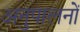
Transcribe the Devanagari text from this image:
अनुपालनों